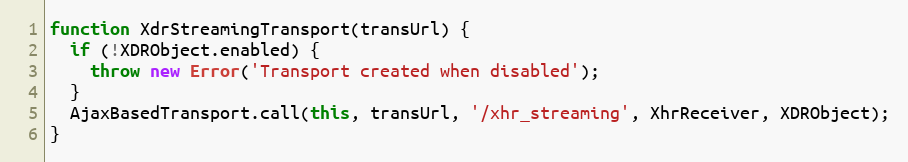
Language: JavaScript
function XdrStreamingTransport(transUrl) {
  if (!XDRObject.enabled) {
    throw new Error('Transport created when disabled');
  }
  AjaxBasedTransport.call(this, transUrl, '/xhr_streaming', XhrReceiver, XDRObject);
}